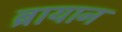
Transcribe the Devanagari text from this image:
ब्रायान